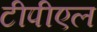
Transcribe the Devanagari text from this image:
टीपीएल